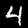
Label: 4